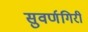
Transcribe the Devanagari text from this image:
सुवर्णगिरी